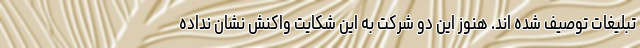
تبلیغات توصیف شده اند. هنوز این دو شرکت به این شکایت واکنش نشان نداده